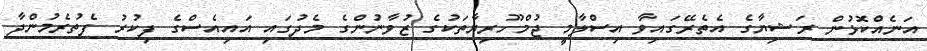
އަނެއްކޮޅުން ރަޝިޔާގެ އެތެރޭގައިވާ އިސްލާމީ ޖުމްހޫރިޔާތަކުގެ ޒުވާނުންގެ މެދުގައި އައިއެސްގެ ފިކުރު ފެތުރެމުންދާ